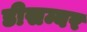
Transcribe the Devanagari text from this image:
डीसम्बर